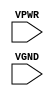
module sky130_fd_sc_hs__tapvgnd (
    VPWR,
    VGND
);

    input VPWR;
    input VGND;
endmodule